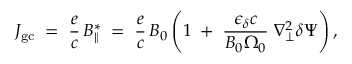
{ \cal J } _ { \mathrm { g c } } \; = \; \frac { e } { c } \, B _ { \| } ^ { * } \; = \; \frac { e } { c } \, B _ { 0 } \left( 1 \; + \; \frac { \epsilon _ { \delta } c } { B _ { 0 } \Omega _ { 0 } } \; \nabla _ { \bot } ^ { 2 } \delta \Psi \right) ,